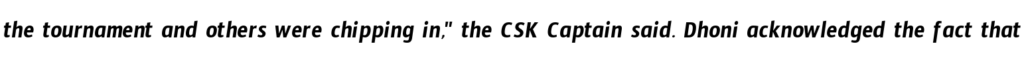
the tournament and others were chipping in," the CSK Captain said. Dhoni acknowledged the fact that